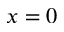
x = 0